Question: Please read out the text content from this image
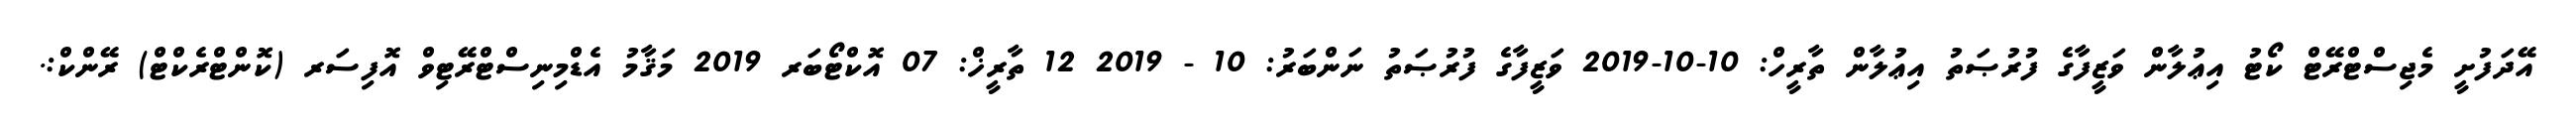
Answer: އޭދަފުށީ މެޖިސްޓްރޭޓް ކޯޓު އިޢުލާން ވަޒީފާގެ ފުރުޞަތު އިޢުލާން ތާރީހް: 10-10-2019 ވަޒީފާގެ ފުރުޞަތު ނަންބަރު: 10 - 2019 12 ތާރީޚް: 07 އޮކްޓޯބަރ 2019 މަޤާމު އެޑްމިނިސްޓްރޭޓިވް އޮފިސަރ (ކޮންޓްރެކްޓް) ރޭންކް:.